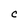
Character: C